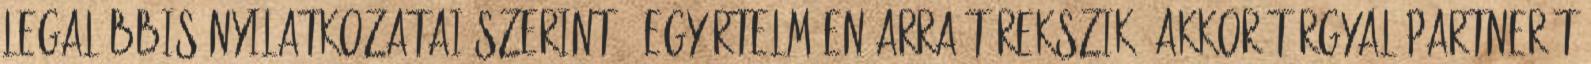
legalábbis nyilatkozatai szerint – egyértelműen arra törekszik, akkor tárgyalópartnerét